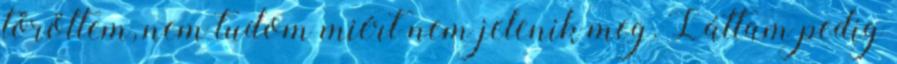
töröltem, nem tudom miért nem jelenik meg. Láttam pedig